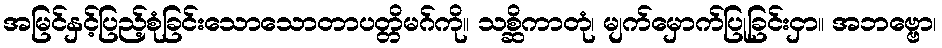
အမြင်နှင့်ပြည့်စုံခြင်းသောသောတာပတ္တိမဂ်ကို။ သစ္ဆိကာတုံ၊ မျက်မှောက်ပြုခြင်းငှာ။ အဘဗ္ဗော၊